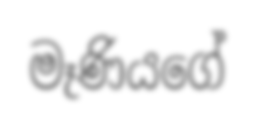
මෑණියගේ